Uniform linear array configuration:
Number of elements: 24
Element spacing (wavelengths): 0.25
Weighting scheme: kaiser
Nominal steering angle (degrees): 0
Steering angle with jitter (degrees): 0.137
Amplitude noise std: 0.05
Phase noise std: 0.05

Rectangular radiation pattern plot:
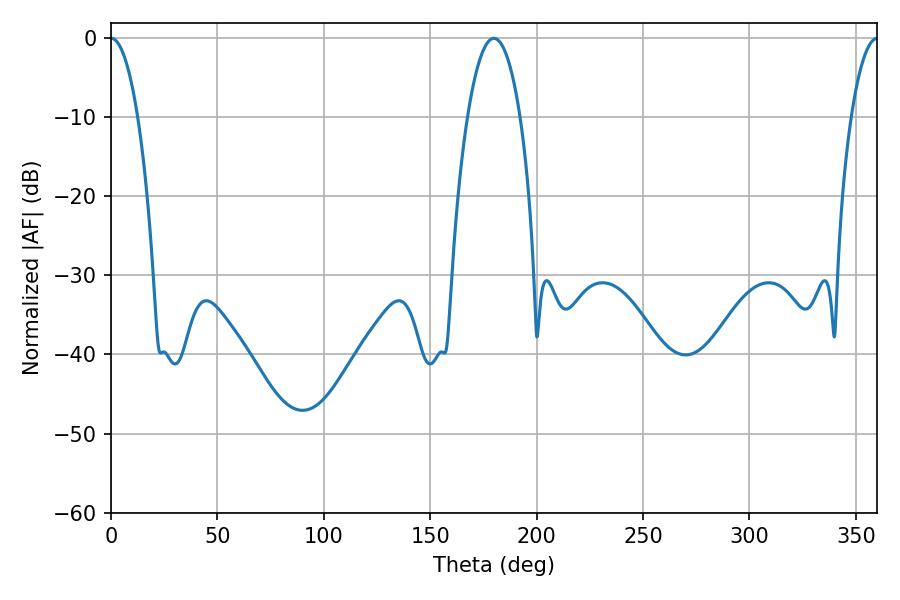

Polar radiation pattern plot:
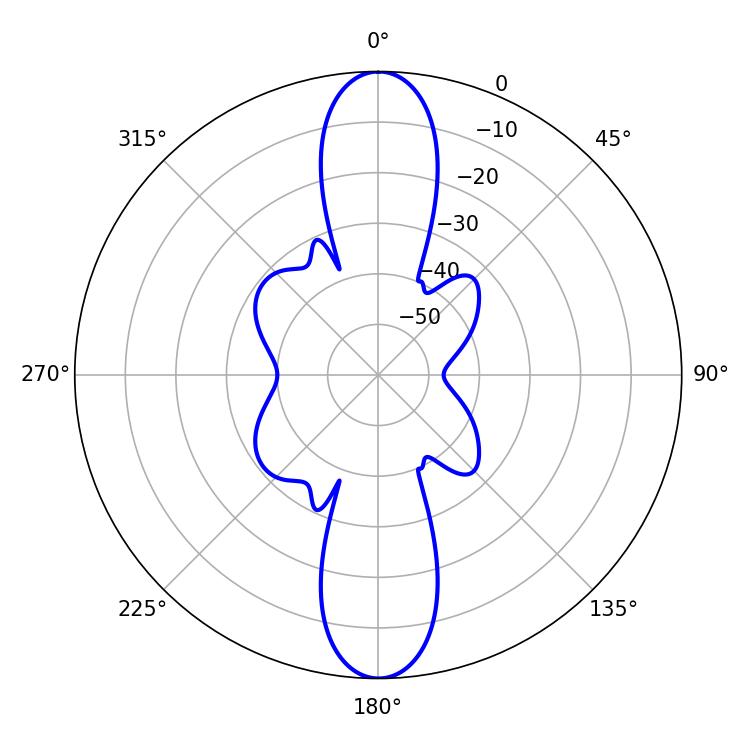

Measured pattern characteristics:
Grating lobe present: FALSE
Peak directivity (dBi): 34.571
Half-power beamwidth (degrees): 7.02
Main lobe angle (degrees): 0